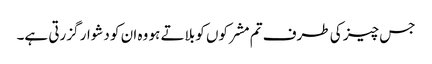
جس چیز کی طرف تم مشرکوں کو بلاتے ہو وہ ان کو دشوار گزرتی ہے۔